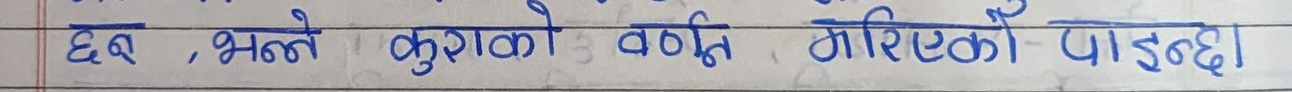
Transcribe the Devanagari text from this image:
छ, भन्ने कुराको वर्णन गरिएको पाइन्छ।